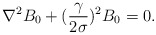
\begin{align*}\nabla^2B_0+({{\gamma}\over{2\sigma}})^2B_0=0.\end{align*}